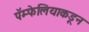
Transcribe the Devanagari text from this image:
पॅम्फेलियाकडून